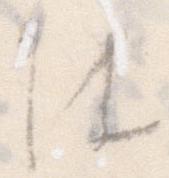
は